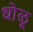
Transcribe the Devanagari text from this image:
धोळू